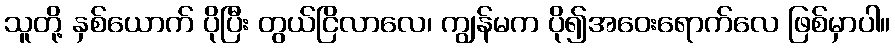
သူတို့ နှစ်ယောက် ပိုပြီး တွယ်ငြိလာလေ၊ ကျွန်မက ပို၍အဝေးရောက်လေ ဖြစ်မှာပါ။